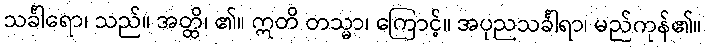
သင်္ခါရော၊ သည်။ အတ္ထိ၊ ၏။ ဣတိ တသ္မာ၊ ကြောင့်။ အပုညသင်္ခါရာ၊ မည်ကုန်၏။